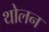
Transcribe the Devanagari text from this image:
थोलन